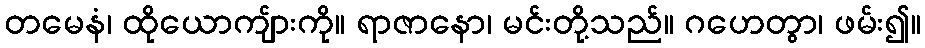
တမေနံ၊ ထိုယောကျ်ားကို။ ရာဇာနော၊ မင်းတို့သည်။ ဂဟေတွာ၊ ဖမ်း၍။